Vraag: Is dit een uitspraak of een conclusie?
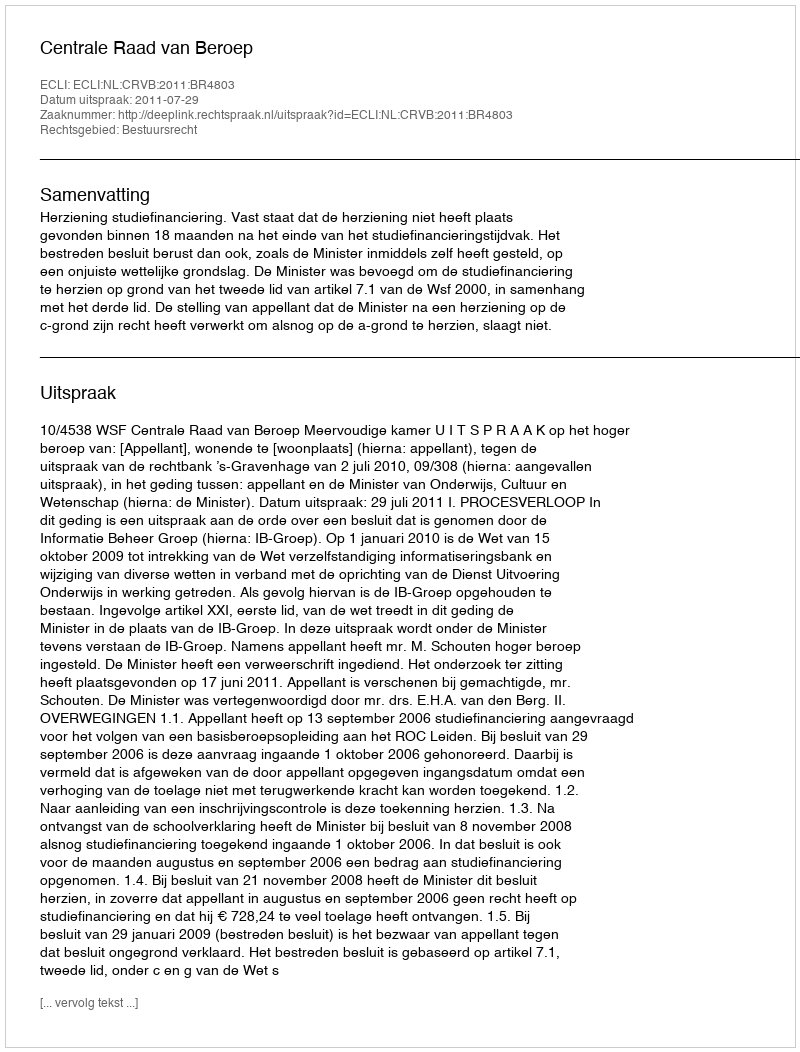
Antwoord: Uitspraak